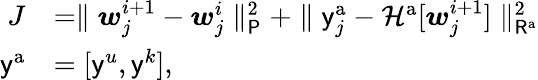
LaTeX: \begin{array}{rl}{J}&{=\parallel\boldsymbol{w}_{j}^{i+1}-\boldsymbol{w}_{j}^{i}\parallel_{\mathsf{P}}^{2}+\parallel\mathsf{y}_{j}^{\mathrm{a}}-\mathcal{H}^{\mathrm{a}}[\boldsymbol{w}_{j}^{i+1}]\parallel_{\mathsf{R}^{\mathrm{a}}}^{2}}\\ {\mathsf{y}^{\mathrm{a}}}&{=[\mathsf{y}^{u},\mathsf{y}^{k}]\mathrm{,}}\end{array}